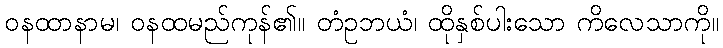
ဝနထာနာမ၊ ဝနထမည်ကုန်၏။ တံဥဘယံ၊ ထိုနှစ်ပါးသော ကိလေသာကို။